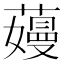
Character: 𬞽